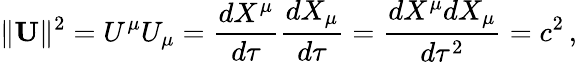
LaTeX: \| \mathbf{U}\| ^{2}=U^{\mu}U_{\mu}={\frac{dX^{\mu}}{d\tau}}{\frac{dX_{\mu}}{d\tau}}={\frac{dX^{\mu}dX_{\mu}}{d\tau^{2}}}=c^{2}\, ,